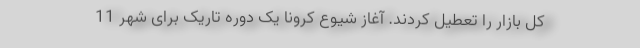
کل بازار را تعطیل کردند. آغاز شیوع کرونا یک دوره تاریک برای شهر 11